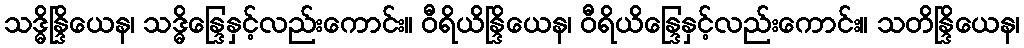
သဒ္ဓိန္ဒြိယေန၊ သဒ္ဓိန္ဒြေနှင့်လည်းကောင်း။ ဝီရိယိန္ဒြိယေန၊ ဝီရိယိန္ဒြေနှင့်လည်းကောင်း။ သတိန္ဒြိယေန၊